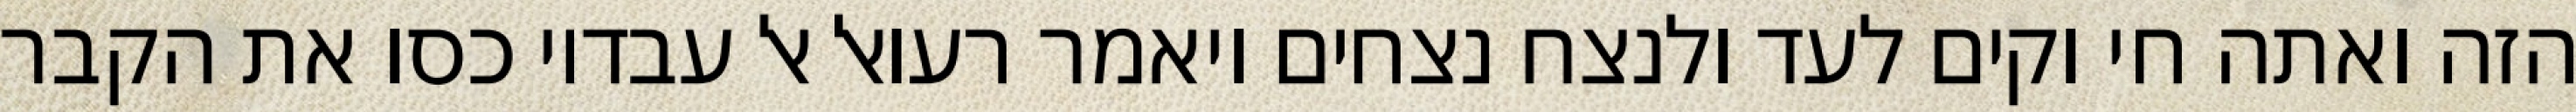
הזה ואתה חי וקים לעד ולנצח נצחים ויאמר רעואל אל עבדיו כסו את הקבר